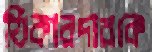
ঠিকারদারকে